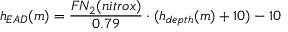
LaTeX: h _ { E A D } ( m ) = { \frac { F N _ { 2 } ( n i t r o x ) } { 0 . 7 9 } } \cdot ( h _ { d e p t h } ( m ) + 1 0 ) - 1 0